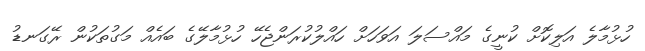
ހުޅުމާލެ އަލިކޮށް ކުނީގެ މައްސަލަ އަވަހަށް ހައްލުކުރަންޖެހޭ ހުޅުމާލޭގެ ބައެއް މަގުތަކުން ރޭގަނޑު